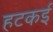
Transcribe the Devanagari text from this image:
हटकई